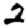
Digit: 2